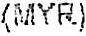
(MYR)